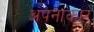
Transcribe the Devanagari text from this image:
अपनाकार